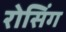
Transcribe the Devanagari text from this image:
रोसिंग